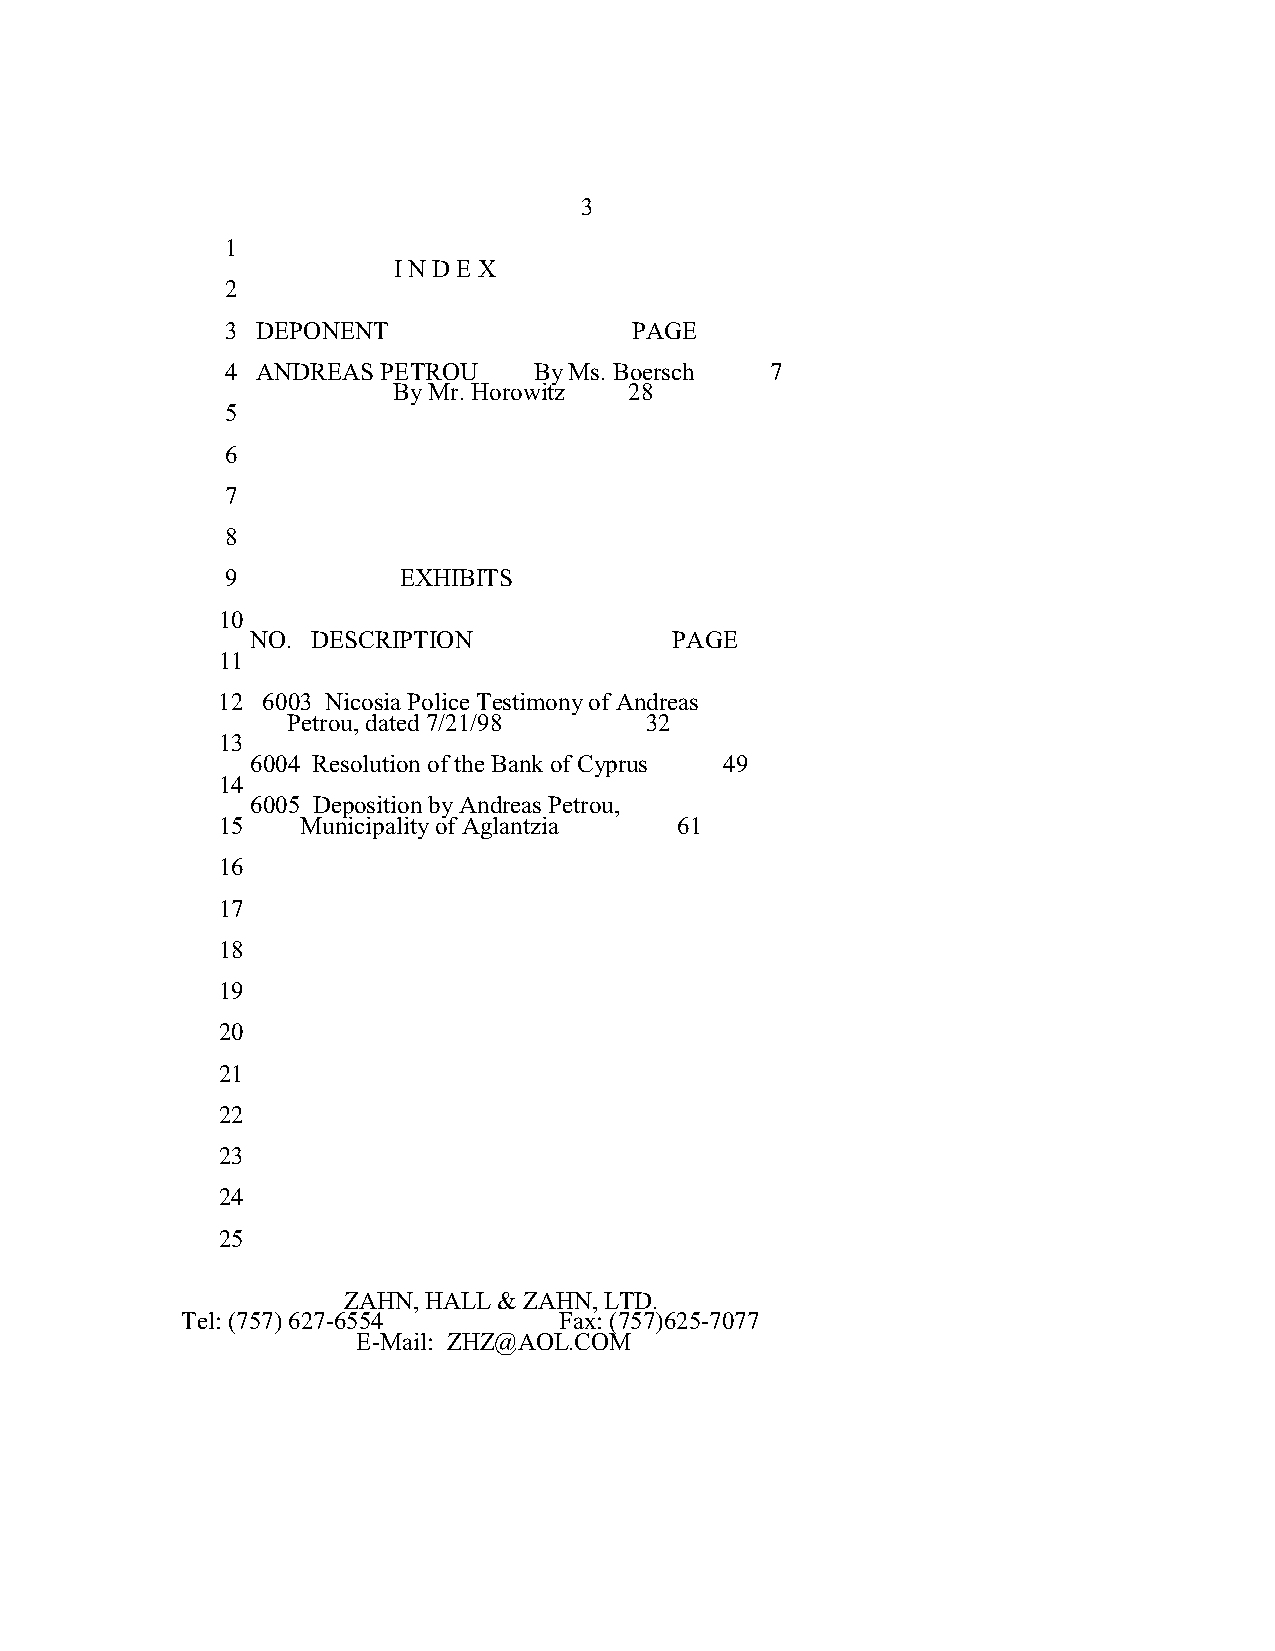
3
 1
 I N D E X
 2
 3 DEPONENT                 PAGE
 4 ANDREAS PETROU    By Ms. Boersch  7
 By Mr. Horowitz 28
 5
 6
 7
 8
 9          EXHIBITS
 10
 NO. DESCRIPTION             PAGE
 11
 12 6003 Nicosia Police Testimony of Andreas
 Petrou, dated 7/21/98   32
 13
 6004 Resolution of the Bank of Cyprus 49
 14
 6005 Deposition by Andreas Petrou,
 15    Municipality of Aglantzia 61
 16
 17
 18
 19
 20
 21
 22
 23
 24
 25
 ZAHN, HALL & ZAHN, LTD.
 Tel: (757) 627-6554      Fax: (757)625-7077
 E-Mail: ZHZ@AOL.COM